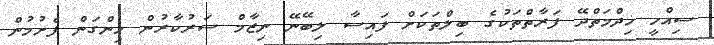
ސިއްހީ ޚިދްމަތްދޭ ފަރާތްތަކުގެ ބިލްތަކަށް ފައިސާ ލިބޭނޭ ނިޒާމް ސަރުކާރުން ހިންގަން ފެށުމުން